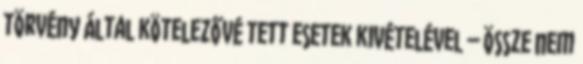
törvény által kötelezővé tett esetek kivételével – össze nem